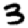
Digit: 3